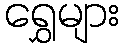
ရွှေများ